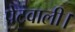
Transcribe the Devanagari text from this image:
पेटवाली।